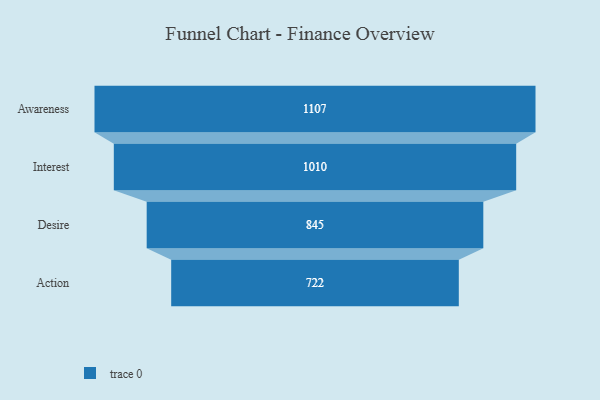
{"axis": {"x": "Stage", "y": "Value"}, "legend": [""], "data": [{"x": "Awareness", "y": 1107.0, "type": ""}, {"x": "Interest", "y": 1010.0, "type": ""}, {"x": "Desire", "y": 845.0, "type": ""}, {"x": "Action", "y": 722.0, "type": ""}]}